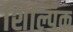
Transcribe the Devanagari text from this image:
शिल्पिक